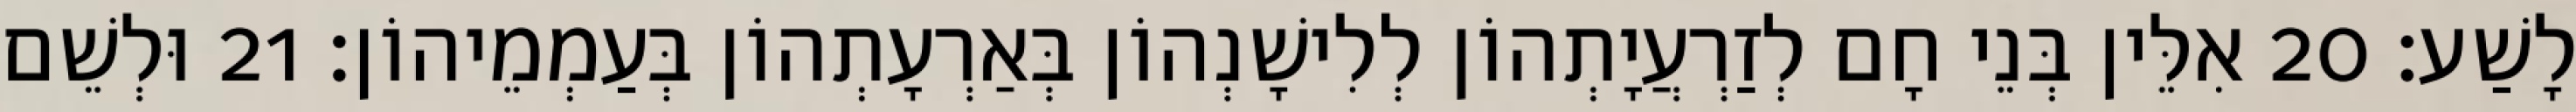
לָשַׁע׃ 20 אִלֵּין בְּנֵי חָם לְזַרְעֲיָתְהוֹן לְלִישָׁנְהוֹן בְּאַרְעָתְהוֹן בְּעַמְמֵיהוֹן׃ 21 וּלְשֵׁם